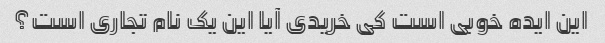
این ایده خوبی است کی خریدی آیا این یک نام تجاری است؟